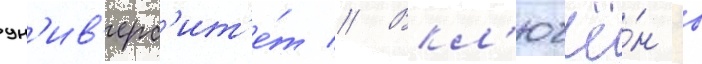
ун'ив'ерс'ит'е́т // Вкл'ючё́н в